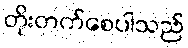
တိုးတက်စေပါသည်